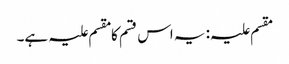
مقسم علیہ: یہ اس قسم کا مقسم علیہ ہے۔